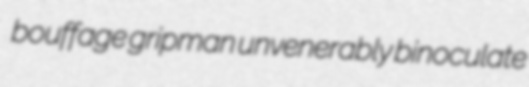
bouffage gripman unvenerably binoculate